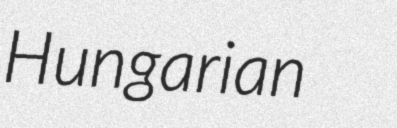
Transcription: Hungarian